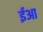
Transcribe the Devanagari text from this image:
ईआ